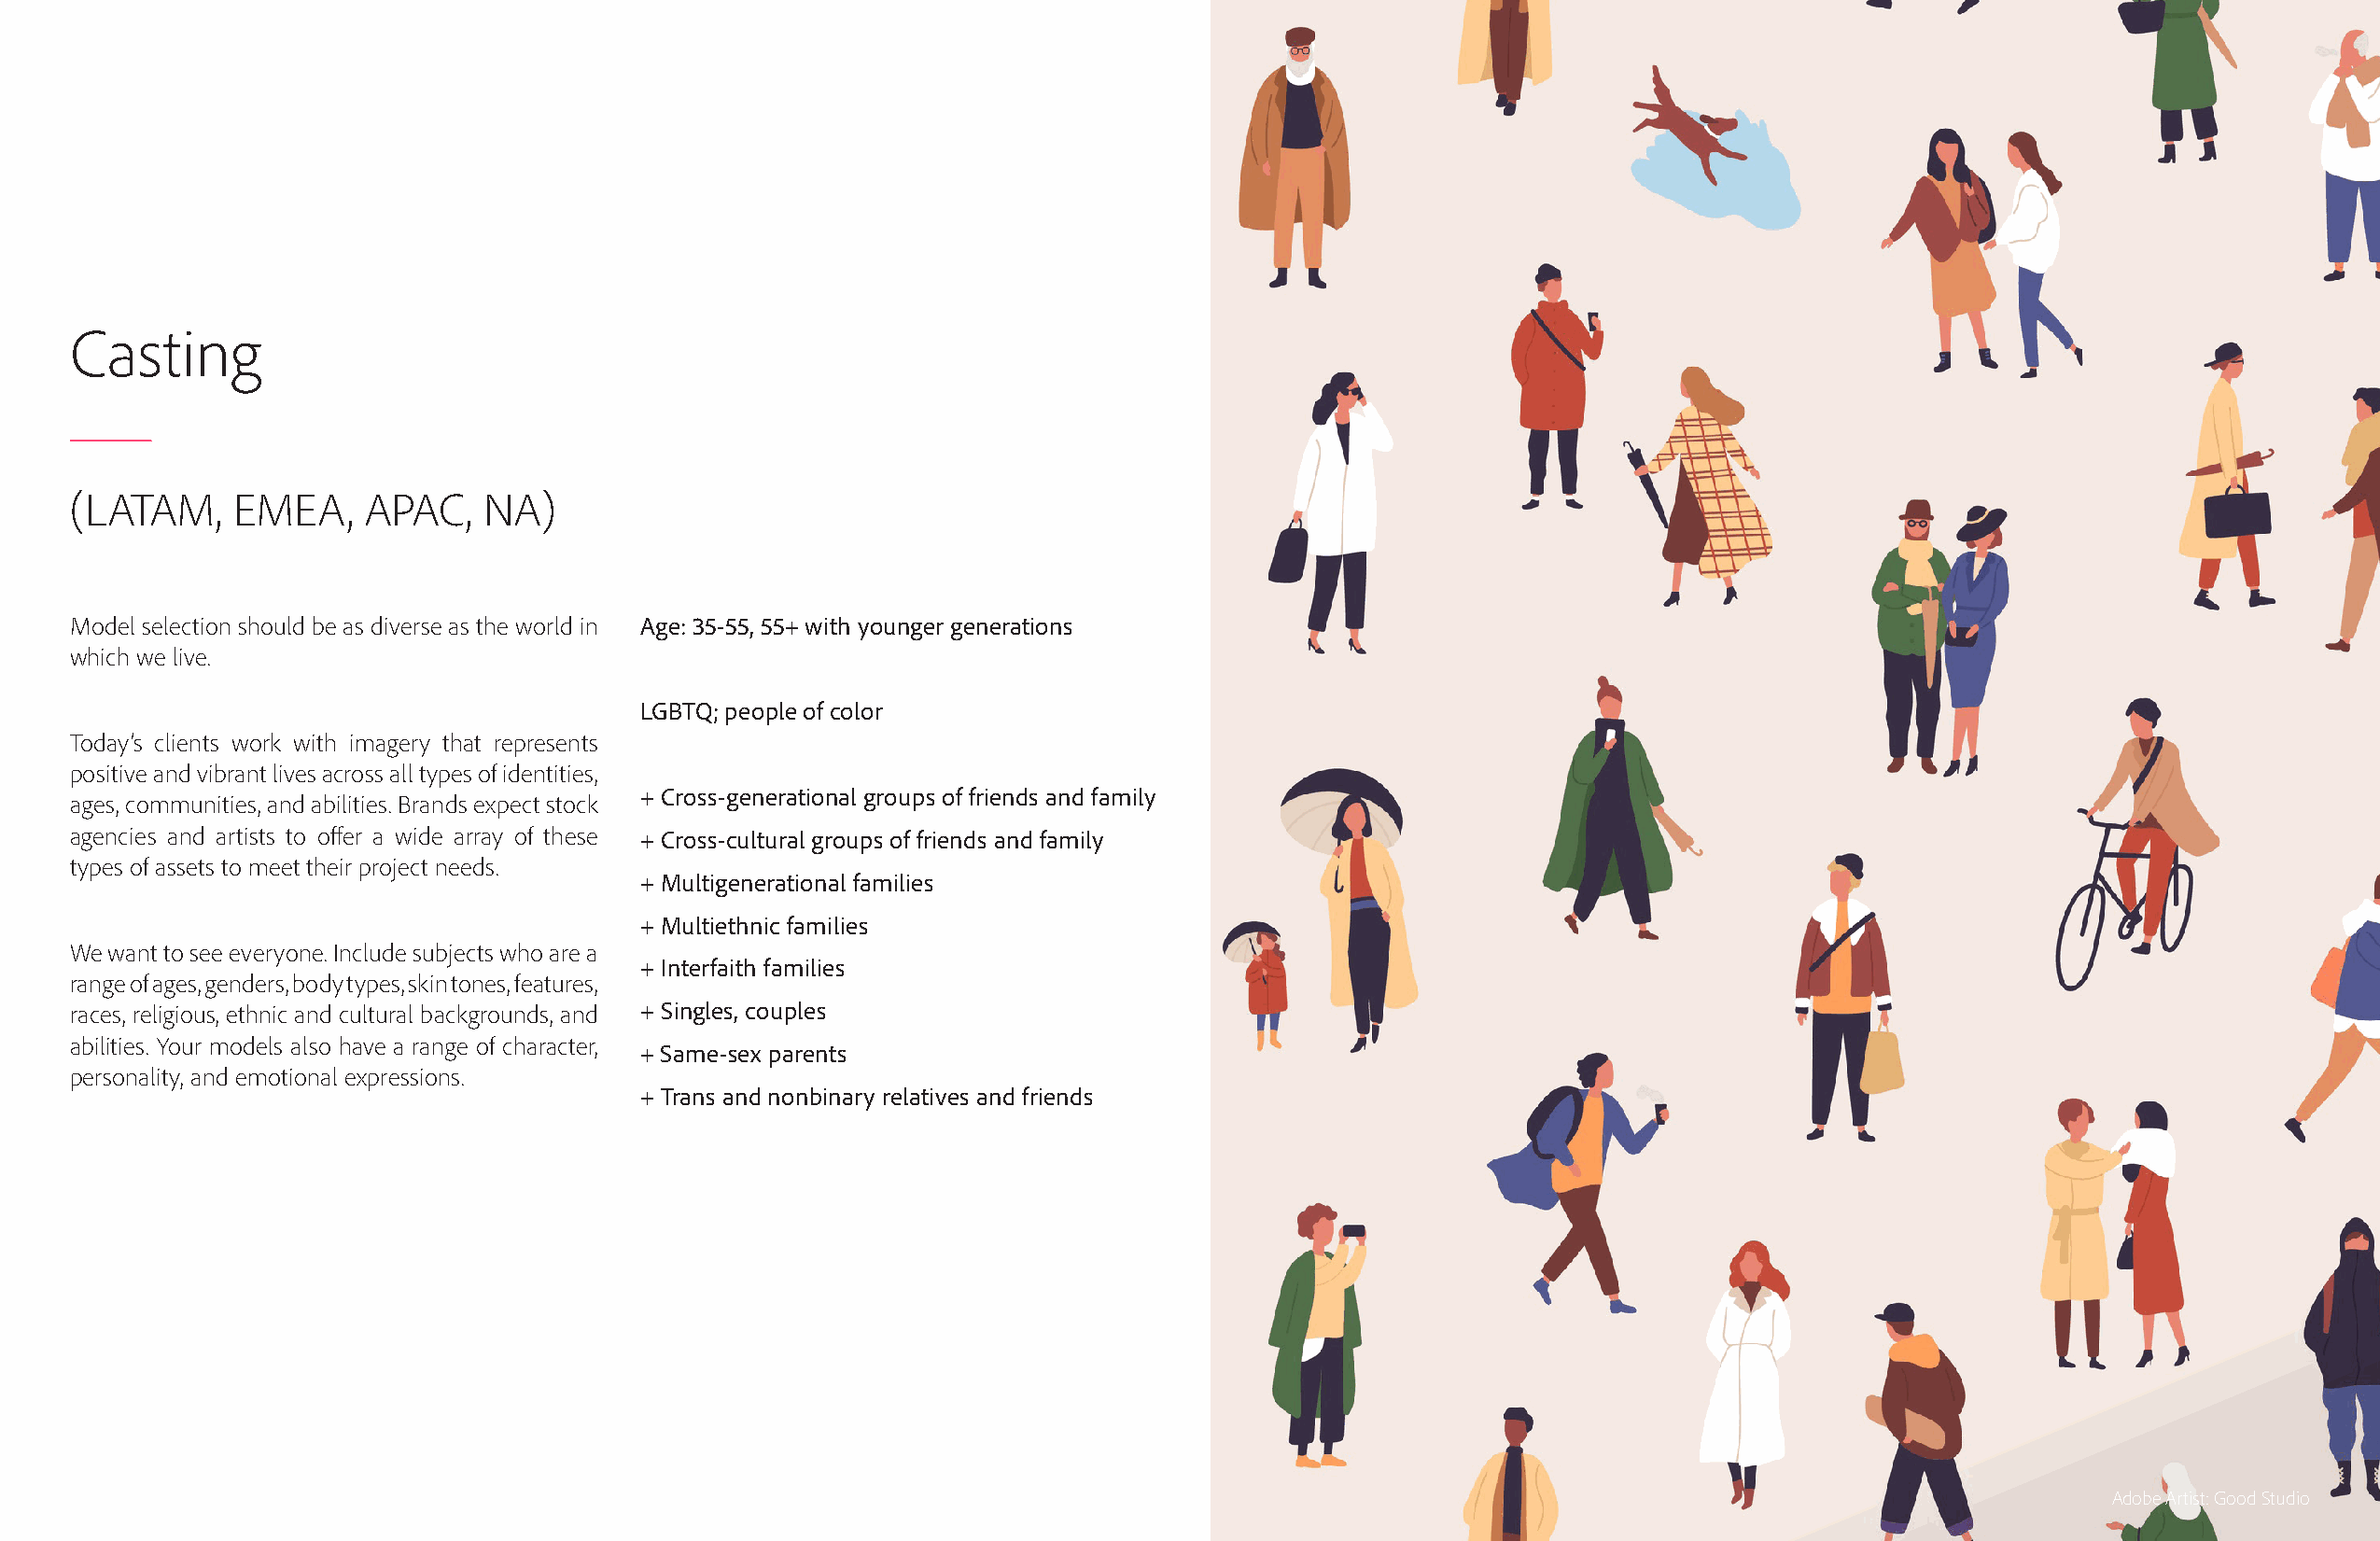
Casting
 (LATAM,     EMEA,    APAC,   NA)
 Model selection should be as diverse as the world in Age: 35-55, 55+ with younger generations
 which we live.
 LGBTQ; people of color
 Today’s clients work with imagery that represents
 positive and vibrant lives across all types of identities,
 + Cross-generational groups of friends and family
 ages, communities, and abilities. Brands expect stock
 agencies and artists to offer a wide array of these + Cross-cultural groups of friends and family
 types of assets to meet their project needs.
 + Multigenerational families
 + Multiethnic families
 We want to see everyone. Include subjects who are a
 + Interfaith families
 range of ages, genders, body types, skin tones, features,
 races, religious, ethnic and cultural backgrounds, and + Singles, couples
 abilities. Your models also have a range of character,
 + Same-sex parents
 personality, and emotional expressions.
 + Trans and nonbinary relatives and friends
 Adobe Artist: Good Studio